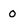
Character: 0